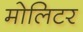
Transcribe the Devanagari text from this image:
मोलिटर